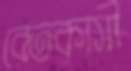
বেতকাসী